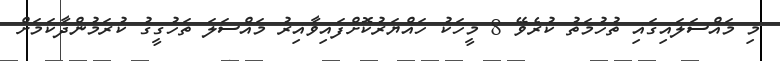
މި މައްސަލައިގައި ތުހުމަތު ކުރެވޭ 8 މީހަކު ހައްޔަރުކޮށްފައިވާއިރު މައްސަލަ ތަހުގީގު ކުރަމުންދާކަމަށް